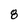
Character: 8